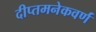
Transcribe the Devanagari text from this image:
दीप्तमनेकवर्णं